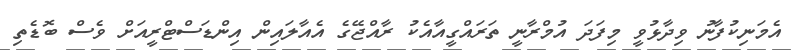
އެމަނިކުފާނު ވިދާޅުވީ މިފަދަ އުމްރާނީ ތަރައްގީއާއެކު ރާއްޖޭގެ އެއާލައިން އިންޑަސްޓްރީއަށް ވެސް ބޮޑެތި